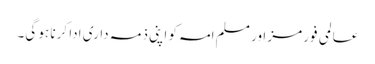
عالمی فورمز اور مسلم امہ کو اپنی ذمہ داری ادا کرنا ہو گی۔